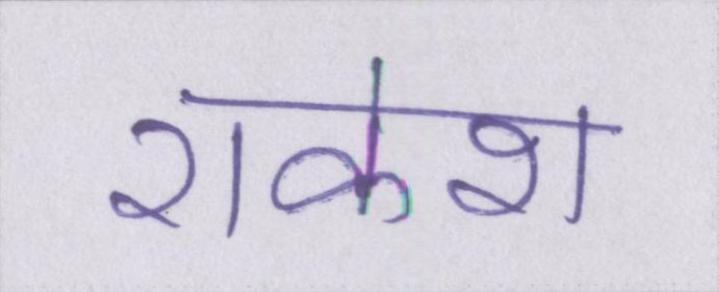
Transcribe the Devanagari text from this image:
राकेश